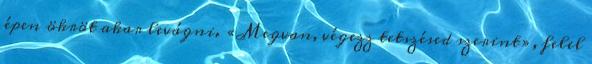
épen ökröt akar levágni. «Megvan, végezz tetszésed szerint», felel